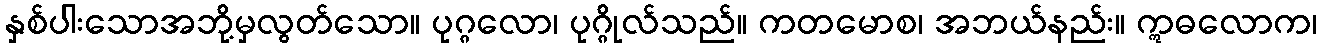
နှစ်ပါးသောအဘို့မှလွတ်သော။ ပုဂ္ဂလော၊ ပုဂ္ဂိုလ်သည်။ ကတမောစ၊ အဘယ်နည်း။ ဣဓလောက၊